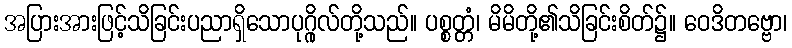
အပြားအားဖြင့်သိခြင်းပညာရှိသောပုဂ္ဂိုလ်တို့သည်။ ပစ္စတ္တံ၊ မိမိတို့၏သိခြင်းစိတ်၌။ ဝေဒိတဗ္ဗော၊